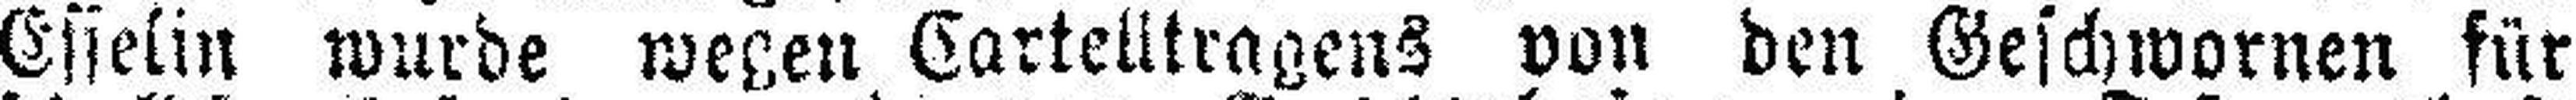
Esselin wurde wegen Cartelltragens von den Geschwornen für